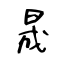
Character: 晟